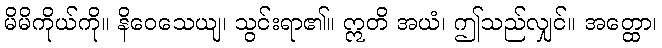
မိမိကိုယ်ကို။ နိဝေသေယျ၊ သွင်းရာ၏။ ဣတိ အယံ၊ ဤသည်လျှင်။ အတ္ထော၊